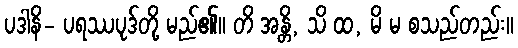
ပဒါနိ- ပရဿပုဒ်တို့ မည်၏။ တိ အန္တိ, သိ ထ, မိ မ စသည်တည်း။